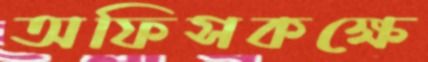
অফিসকক্ষে